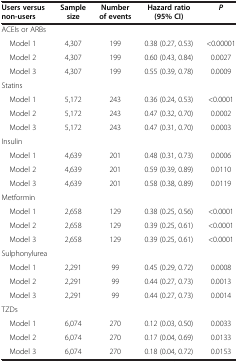
| Users versus non-users | Sample size | Number of events | Hazard ratio (95% CI) | P |
 | --- | --- | --- | --- | --- |
 | ACEIs or ARBs |  |  |  |  |
 | Model 1 | 4,307 | 199 | 0.38 (0.27, 0.53) | <0.00001 |
 | Model 2 | 4,307 | 199 | 0.60 (0.43, 0.84) | 0.0027 |
 | Model 3 | 4,307 | 199 | 0.55 (0.39, 0.78) | 0.0009 |
 | Statins |  |  |  |  |
 | Model 1 | 5,172 | 243 | 0.36 (0.24, 0.53) | <0.0001 |
 | Model 2 | 5,172 | 243 | 0.47 (0.32, 0.70) | 0.0002 |
 | Model 3 | 5,172 | 243 | 0.47 (0.31, 0.70) | 0.0003 |
 | Insulin |  |  |  |  |
 | Model 1 | 4,639 | 201 | 0.48 (0.31, 0.73) | 0.0006 |
 | Model 2 | 4,639 | 201 | 0.59 (0.39, 0.89) | 0.0110 |
 | Model 3 | 4,639 | 201 | 0.58 (0.38, 0.89) | 0.0119 |
 | Metformin |  |  |  |  |
 | Model 1 | 2,658 | 129 | 0.38 (0.25, 0.56) | <0.0001 |
 | Model 2 | 2,658 | 129 | 0.39 (0.25, 0.61) | <0.0001 |
 | Model 3 | 2,658 | 129 | 0.39 (0.25, 0.61) | <0.0001 |
 | Sulphonylurea |  |  |  |  |
 | Model 1 | 2,291 | 99 | 0.45 (0.29, 0.72) | 0.0008 |
 | Model 2 | 2,291 | 99 | 0.44 (0.27, 0.73) | 0.0013 |
 | Model 3 | 2,291 | 99 | 0.44 (0.27, 0.73) | 0.0014 |
 | TZDs |  |  |  |  |
 | Model 1 | 6,074 | 270 | 0.12 (0.03, 0.50) | 0.0033 |
 | Model 2 | 6,074 | 270 | 0.17 (0.04, 0.69) | 0.0133 |
 | Model 3 | 6,074 | 270 | 0.18 (0.04, 0.72) | 0.0153 |